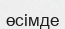
өсімде